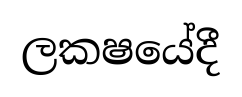
ලකෂයේදී